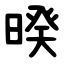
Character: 暌